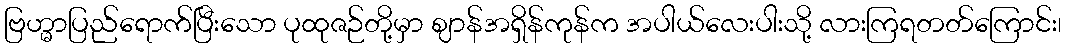
ဗြဟ္မာပြည်ရောက်ပြီးသော ပုထုဇဉ်တို့မှာ ဈာန်အရှိန်ကုန်က အပါယ်လေးပါးသို့ လားကြရတတ်ကြောင်း၊